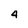
Character: 4